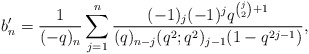
\begin{align*} b'_n = \frac{1}{(-q)_n}\sum_{j=1}^n \frac{(-1)_j(-1)^jq^{\binom{j}{2}+1}}{(q)_{n-j}(q^2;q^2)_{j-1}(1-q^{2j-1})},\end{align*}